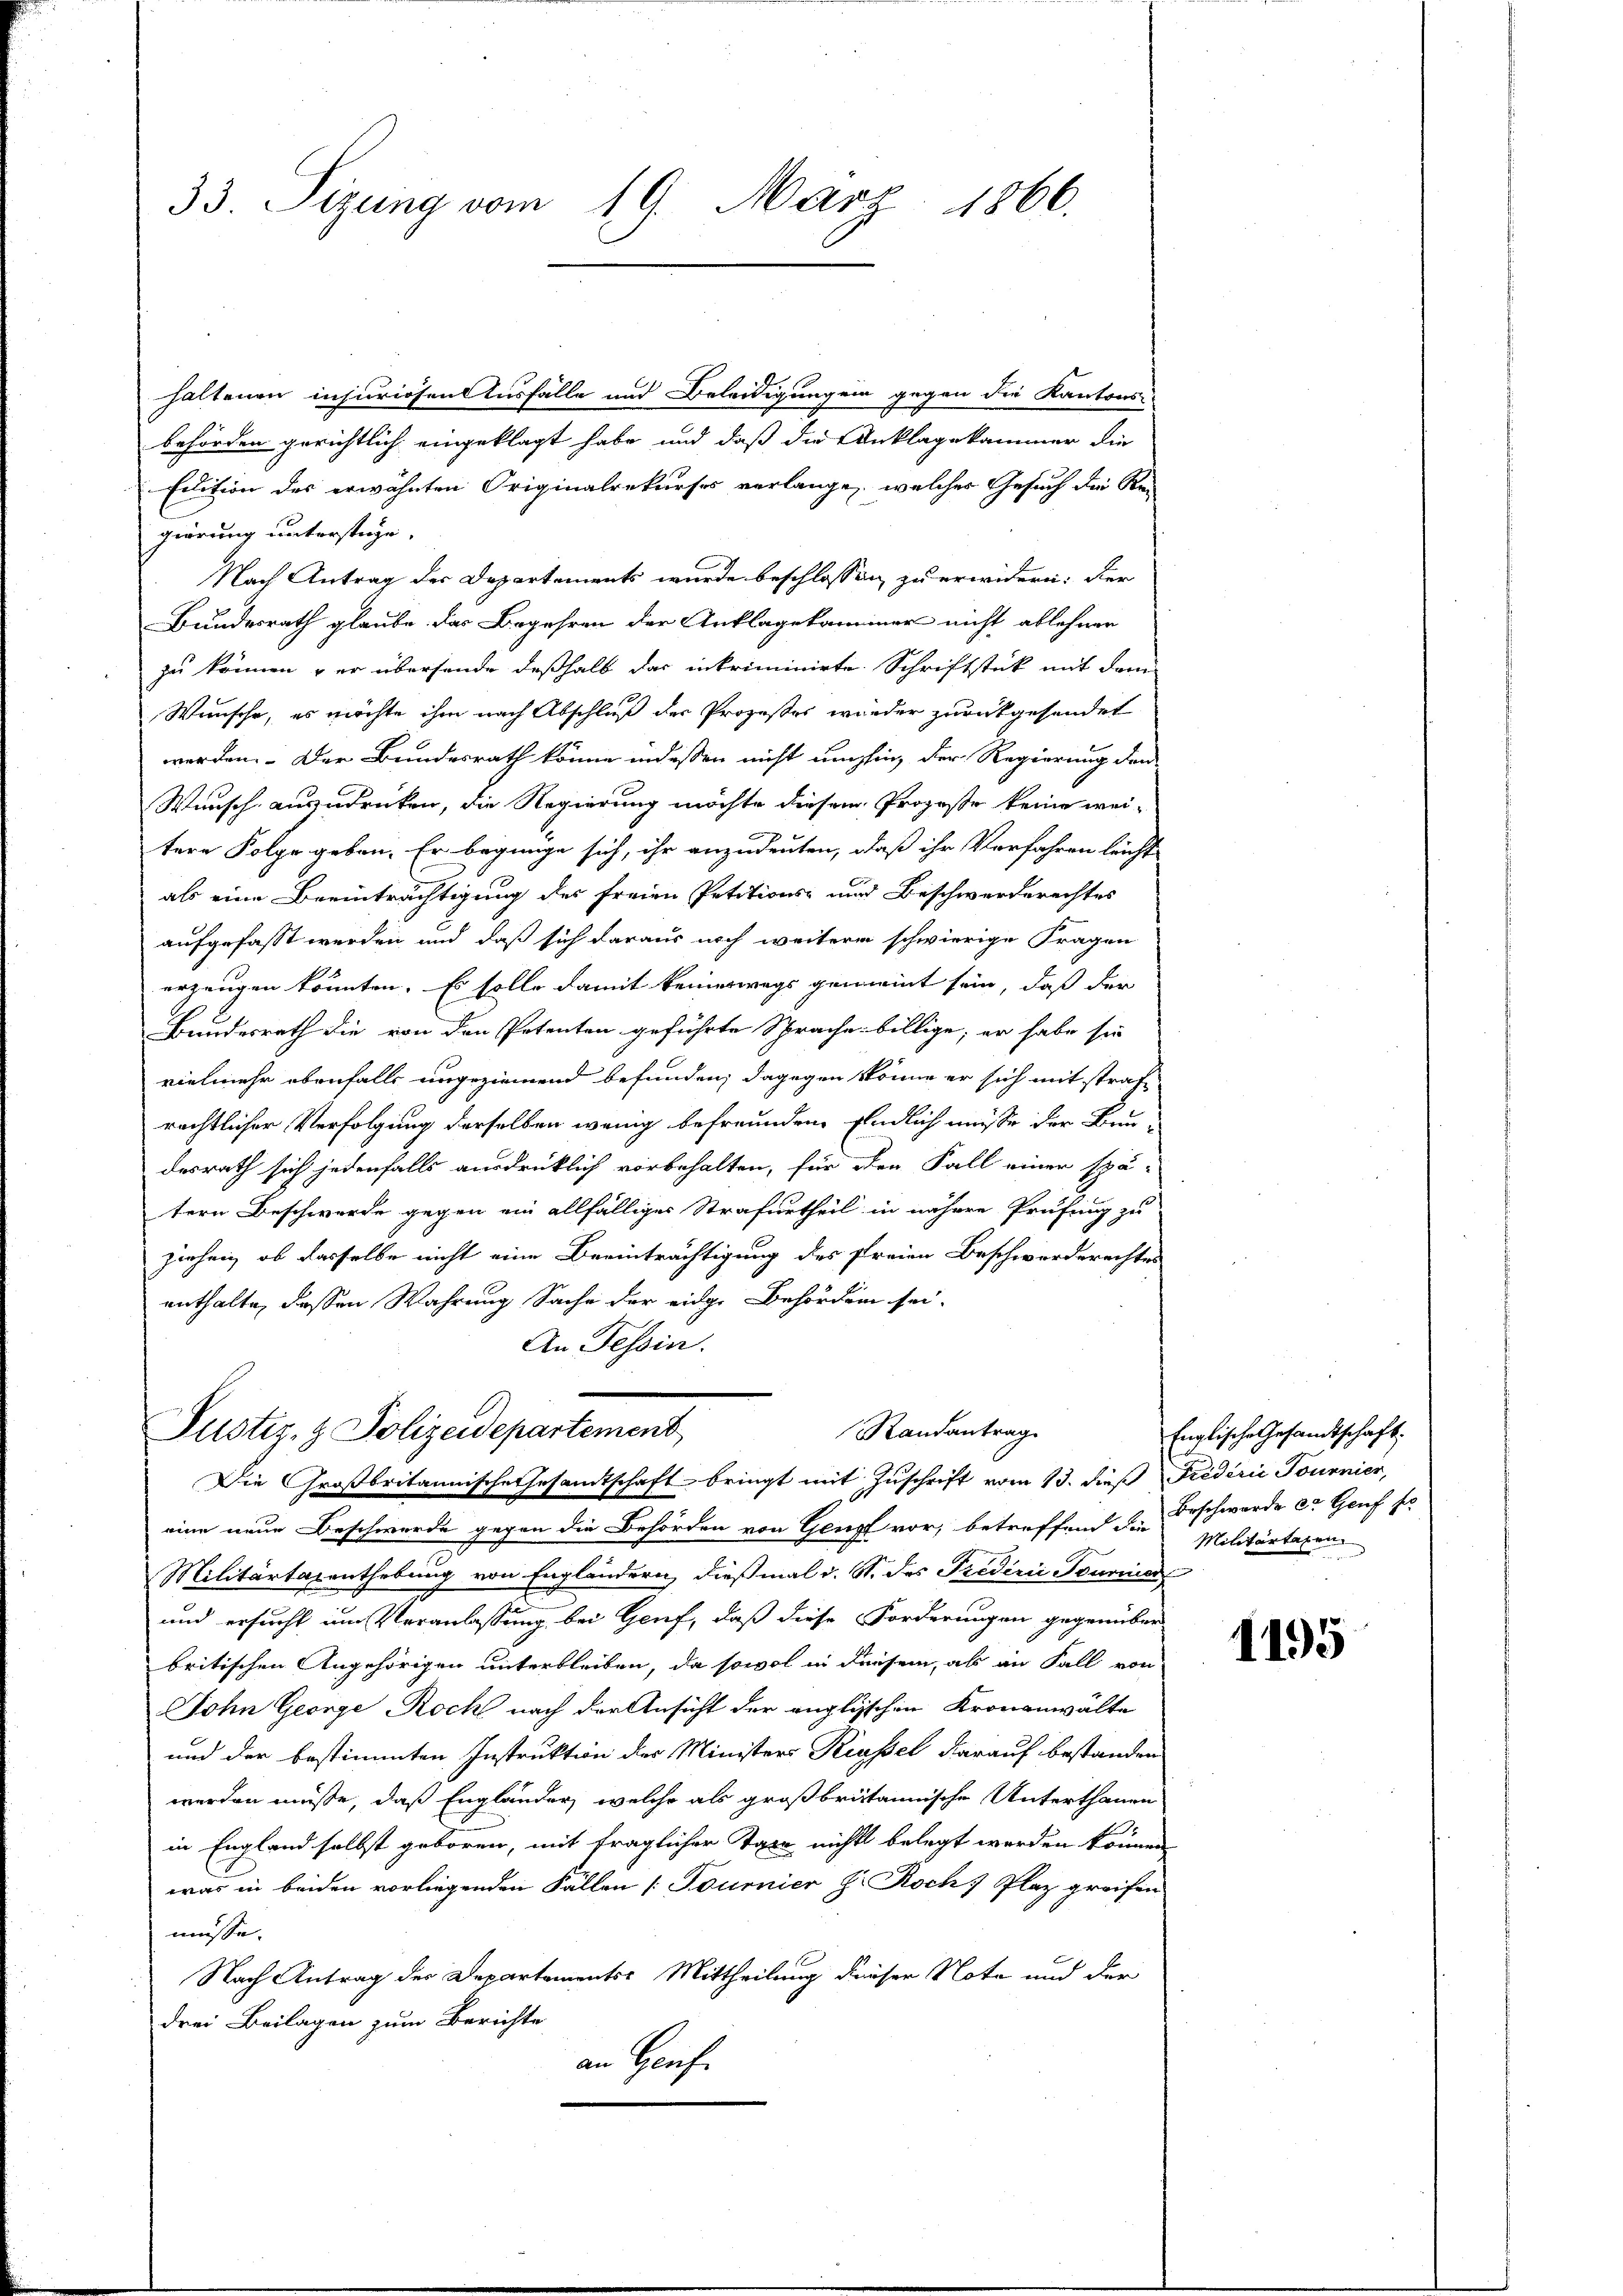
33. Tizung vom 19. März 1866.

haltenen injuriosen Ausfälle und Beleidigungen gegen die Kantons-
behörden gerichtlich eingeklagt habe und daß die Anklagekammer die
Edition des erwähnten Originalrekurses verlangen, welcher Gesuch der Be
gierung unterstüge.
Nach Antrag der Departements wurde beschlossen zu erwidern: Der
Bundesrath glaube, das Begehren der Anklagekammer nicht ablehner
zu können der übersende deßhalb das inkriminirte Schriftstück mit dem
Wünsche, es möchte ihm nach Abschluß der Prozeßes wieder zurückgesendet
werden. Der Bundesrath könne indessen nicht umhin, der Regierung den
Wunsch ausdrücken, die Regierung möchte diesem Propose keine wei-
n
tere Folge geben. Er begnüge sich, ihr anzudeuten, daß ihr Verfahren leicht
als eine Beeinträchtigung des freien Petitions- und Beschwerderechtes
aufgefasst werden und daß sich daraus noch weitere schwierige Fragen
erzeugen könnten. Es solle damit keineswegs gemeint sein, daß der
Bundesrath die von den Petenten geführte Sprache billige; er habe sie
vielmehr ebenfalls ungeziemend befunden; dagegen könne er sich mit strafe
rechtlicher Verfolgung derselben wenig befreunden Endlich müsse der Baudesrath sich jedenfalls ausdrücklich vorbehalten, für den Fall einer spä-
tern Beschwerde gegen ein allfälliger Strafurtheil in nähere Prüfung zu
ziehen, ob dasselbe nicht eine Beeinträchtigung des freien Beschworderechtes
enthalte, dassen Wahrung Sache der eidge Behörden sei.
An Tessin.

Randantrag
Justiz- & Polizeidepartement,
Die Großbritannische Gesamtschaft bringt mit Zuschrift vom 13. dieß Friderie Tournier,

eine neue Beschwerde gegen die Behörden von Genf vor, betreffend den Beschwerde er Genf so
Militärtagenthebung von Engländern, dießmal v. St. des Predicii Tourier
und ersucht im Veranlassung bei Genf, daß diese Forderungen gegenüber
britischen Angehörigen unterbleiben, da sowol in diesem, als an Fall von
John George Roch nach der Ansicht der englischen Kronanwälte
und der bestimmten Instruktion der Ministers Riassel darauf bestanden
werden müsse, daß Engländer, welche als großbritannische Unterthanen
.
in England selbst geboren, mit fraglicher Taxe nichts belegt werden können
was in beiden vorliegenden Fällen [Fournier z. Roch, Plaz greifen
müsse.
Nach Antrag des Departements Mittheilung dieser Note und der
drei Beilagen zum Berichte
an Gens¬

Englische Gesandtschaft:
Militärtaxen
u

1195